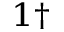
^ { 1 \dagger }